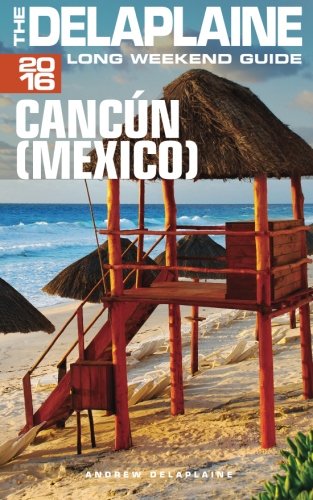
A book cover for CANCUN (Mexico) - The Delaplaine 2016 Long Weekend Guide (Long Weekend Guides); Andrew Delaplaine; Travel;